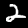
Label: 2